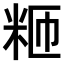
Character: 𫂸